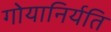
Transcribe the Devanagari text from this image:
गोयानिर्यति